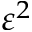
\varepsilon ^ { 2 }